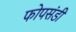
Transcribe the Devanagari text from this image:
फोपसंडी